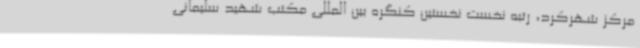
مرکز شهرکرد، رتبه نخست نخستین کنگره‌ بین‌ المللی مکتب شهید سلیمانی